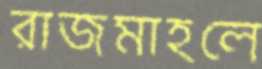
রাজমাহলে